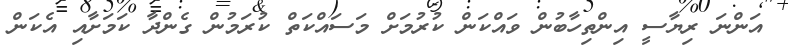
އަންނަ ރިޔާސީ އިންތިހާބުން ވައްކަން ކުރުމަށް މަސައްކަތް ކުރަމުން ގެންދާ ކަމަށާއި އެކަން